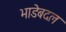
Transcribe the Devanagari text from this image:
भाडेबदल